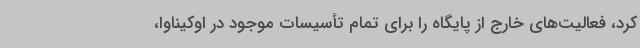
کرد، فعالیت‌های خارج از پایگاه را برای تمام تأسیسات موجود در اوکیناوا،